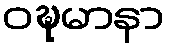
ဝဍ္ဎမာနာ